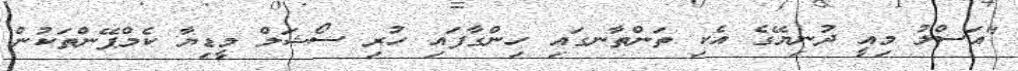
"އަސްލު މިއީ ދުނިޔޭގެ އެކި ތަންތާނގައި ހިންގާފައި ހުރި ސޯޝަލް މީޑިޔާ ކެމްޕޭންތަކުން